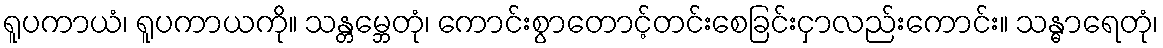
ရူပကာယံ၊ ရူပကာယကို။ သန္တမ္ဘေတုံ၊ ကောင်းစွာတောင့်တင်းစေခြင်းငှာလည်းကောင်း။ သန္ဓာရေတုံ၊